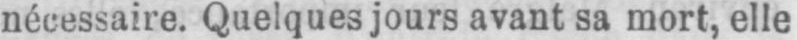
nécessaire. Quelques jours avant sa mort, elle